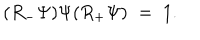
LaTeX: ( R _ { - } \Psi ) \Psi ( R _ { + } \Psi ) \; = \; 1 .